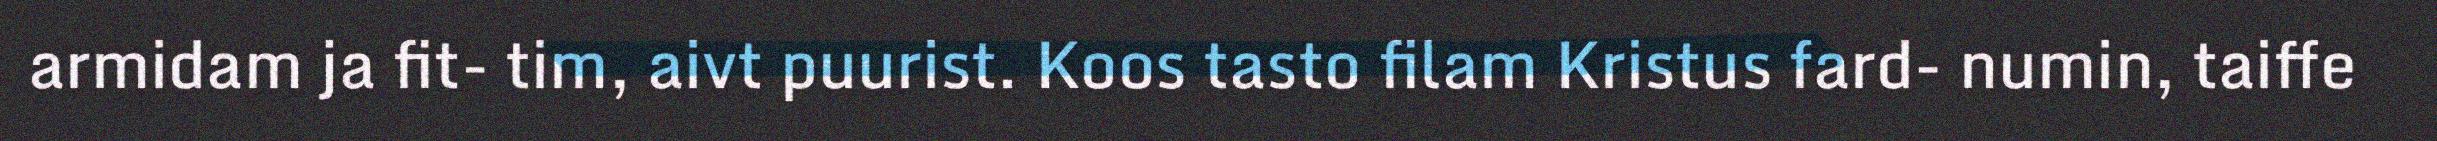
armidam ja fit- tim, aivt puurist. Koos tasto filam Kristus fard- numin, taiffe